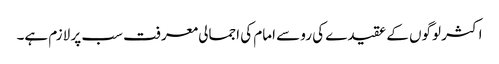
اکثر لوگوں کے عقیدے کی رو سے امام کی اجمالی معرفت سب پر لازم ہے۔